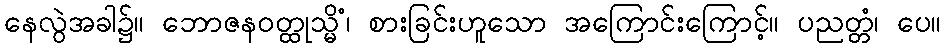
နေလွဲအခါ၌။ ဘောဇနဝတ္ထုသ္မိံ၊ စားခြင်းဟူသော အကြောင်းကြောင့်။ ပညတ္တံ၊ ပေ။